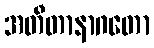
အတီတာနာဂတော